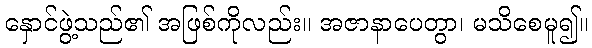
နှောင်ဖွဲ့သည်၏ အဖြစ်ကိုလည်း။ အဇာနာပေတွာ၊ မသိစေမူ၍။